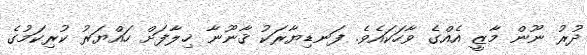
ދުރު ނޫން މާޒީ އެއްގެ ވާހަކައެވެ. ފަނޑިޔާރަކު ޤާނޫނާ ޚިލާފަށް ހައްޔަރު ކުރިކަމުގެ